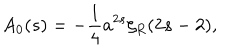
A _ { 0 } ( s ) = - { \frac { 1 } { 4 } } a ^ { 2 s } \zeta _ { R } ( 2 s - 2 ) ,